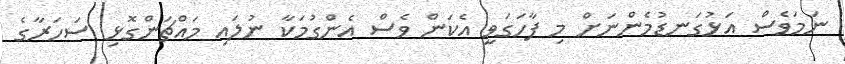
ނަމަވެސް އަޅުގަނޑުމެންނަށް މި ފާހަގަވީ އެކަން ވެސް އެންގުމަކާ ނުލައި މައްޗަންގޮޅި ސަހަރާގެ